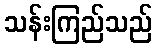
သန်းကြည်သည်